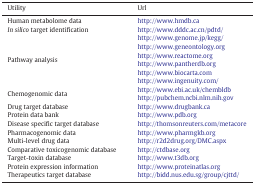
<table><thead><tr><td><b>Utility</b></td><td><b>Url</b></td></tr></thead><tbody><tr><td>Human metabolome data</td><td>http://www.hmdb.ca</td></tr><tr><td><i>In silico</i> target identification</td><td>http://www.dddc.ac.cn/pdtd/</td></tr><tr><td rowspan="6">Pathway analysis</td><td>http://www.genome.jp/kegg/</td></tr><tr><td>http://www.geneontology.org</td></tr><tr><td>http://www.reactome.org</td></tr><tr><td>http://www.pantherdb.org</td></tr><tr><td>http://www.biocarta.com</td></tr><tr><td>http://www.ingenuity.com/</td></tr><tr><td rowspan="2">Chemogenomic data</td><td>http://www.ebi.ac.uk/chembldb</td></tr><tr><td>http://pubchem.ncbi.nlm.nih.gov</td></tr><tr><td>Drug target database</td><td>http://www.drugbank.ca</td></tr><tr><td>Protein data bank</td><td>http://www.pdb.org</td></tr><tr><td>Disease specific target database</td><td>http://thomsonreuters.com/metacore</td></tr><tr><td>Pharmacogenomic data</td><td>http://www.pharmgkb.org</td></tr><tr><td>Multi-level drug data</td><td>http://r2d2drug.org/DMC.aspx</td></tr><tr><td>Comparative toxicogenomic database</td><td>http://ctdbase.org</td></tr><tr><td>Target-toxin database</td><td>http://www.t3db.org</td></tr><tr><td>Protein expression information</td><td>http://www.proteinatlas.org</td></tr><tr><td>Therapeutics target database</td><td>http://bidd.nus.edu.sg/group/cjttd/</td></tr></tbody></table>